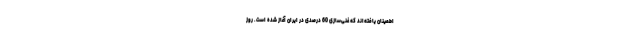
اطمینان یافته‌اند که غنی‌سازی 60 درصدی در ایران آغاز شده است. روز